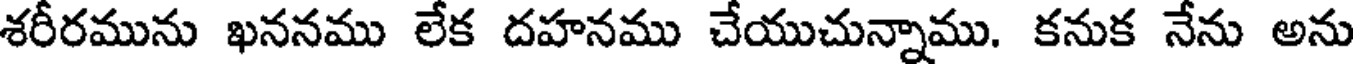
శరీరమును ఖననము లేక దహనము చేయుచున్నాము. కనుక నేను అను